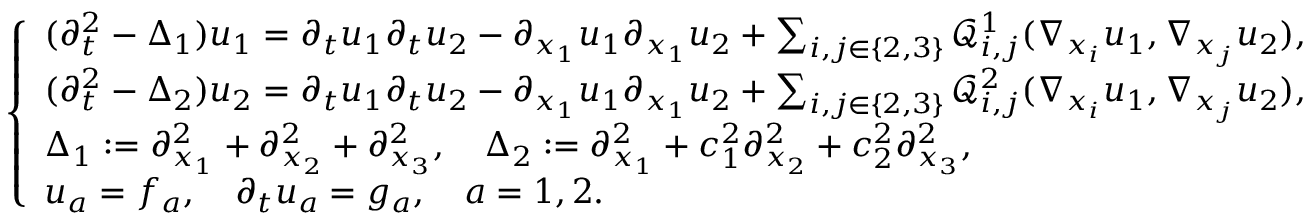
\left\{ \begin{array} { l } { ( \partial _ { t } ^ { 2 } - \Delta _ { 1 } ) u _ { 1 } = \partial _ { t } u _ { 1 } \partial _ { t } u _ { 2 } - \partial _ { x _ { 1 } } u _ { 1 } \partial _ { x _ { 1 } } u _ { 2 } + \sum _ { i , j \in \{ 2 , 3 \} } \mathcal { Q } _ { i , j } ^ { 1 } ( \nabla _ { x _ { i } } u _ { 1 } , \nabla _ { x _ { j } } u _ { 2 } ) , } \\ { ( \partial _ { t } ^ { 2 } - \Delta _ { 2 } ) u _ { 2 } = \partial _ { t } u _ { 1 } \partial _ { t } u _ { 2 } - \partial _ { x _ { 1 } } u _ { 1 } \partial _ { x _ { 1 } } u _ { 2 } + \sum _ { i , j \in \{ 2 , 3 \} } \mathcal { Q } _ { i , j } ^ { 2 } ( \nabla _ { x _ { i } } u _ { 1 } , \nabla _ { x _ { j } } u _ { 2 } ) , } \\ { \Delta _ { 1 } : = \partial _ { x _ { 1 } } ^ { 2 } + \partial _ { x _ { 2 } } ^ { 2 } + \partial _ { x _ { 3 } } ^ { 2 } , \quad \Delta _ { 2 } : = \partial _ { x _ { 1 } } ^ { 2 } + c _ { 1 } ^ { 2 } \partial _ { x _ { 2 } } ^ { 2 } + c _ { 2 } ^ { 2 } \partial _ { x _ { 3 } } ^ { 2 } , } \\ { u _ { a } = f _ { a } , \quad \partial _ { t } u _ { a } = g _ { a } , \quad a = 1 , 2 . } \end{array} \right.